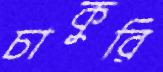
চাকুরি